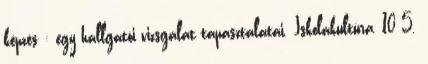
képzés : egy hallgatói vizsgálat tapasztalatai. Iskolakultúra, 10 5.